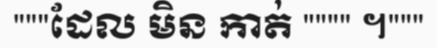
"""ដែល មិន កាត់ """" ។"""